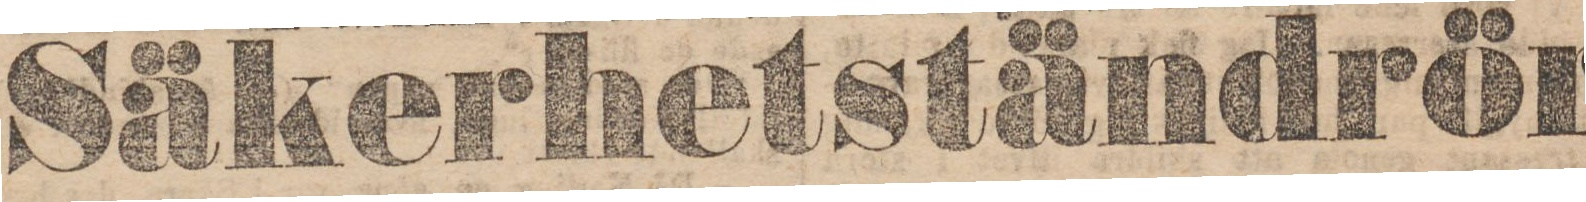
Kostnadsfri